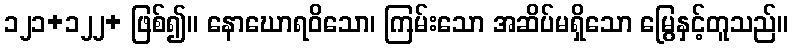
၁၂၁+၁၂၂+ ဖြစ်၍။ နောဃောရဝိသော၊ ကြမ်းသော အဆိပ်မရှိသော မြွေနှင့်တူသည်။